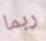
ربما